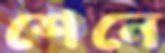
শেনে